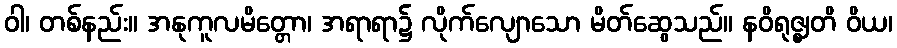
ဝါ၊ တစ်နည်း။ အနုကူလမိတ္တော၊ အရာရာ၌ လိုက်လျောသော မိတ်ဆွေသည်။ နဝိရုဇ္ဈတိ ဝိယ၊